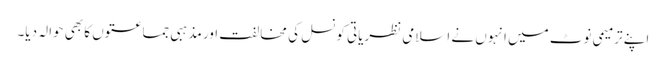
اپنے ترمیمی نوٹ میں انہوں نے اسلامی نظریاتی کونسل کی مخالفت اور مذہبی جماعتوں کا بھی حوالہ دیا۔